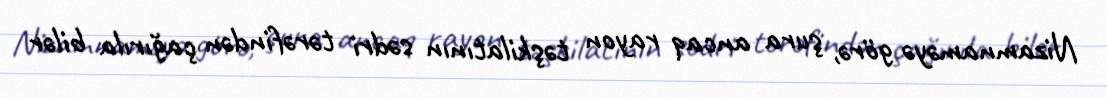
Nizamnaməyə görə, şura ancaq rayon təşkilatının sədri tərəfindən çağırıla bilər